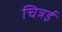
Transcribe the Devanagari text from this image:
चित्रई